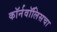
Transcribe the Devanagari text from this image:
कॉर्नवॉलिसचा